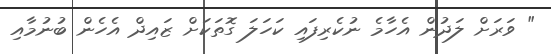
" ވަރަށް ލަދުން އެހާމެ ނުކެރިފައި ކަހަލަ ގޮތަކަށް ޒައިދް އެހެން ބުނުމާއި